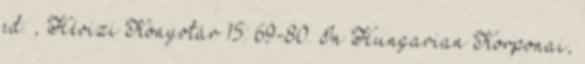
ed. , Hévizi Könyvtár 15: 69-80. In Hungarian Korponai,